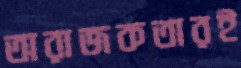
অরাজকতারই